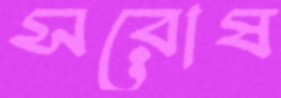
সরোষ